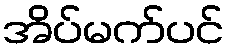
အိပ်မက်ပင်